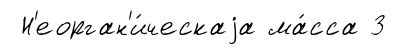
Н'еорган'и́ческаjа ма́сса 3